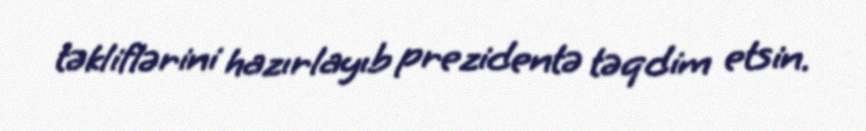
təkliflərini hazırlayıb prezidentə təqdim etsin.